Scottish Leaving Certificate Examination, 1956
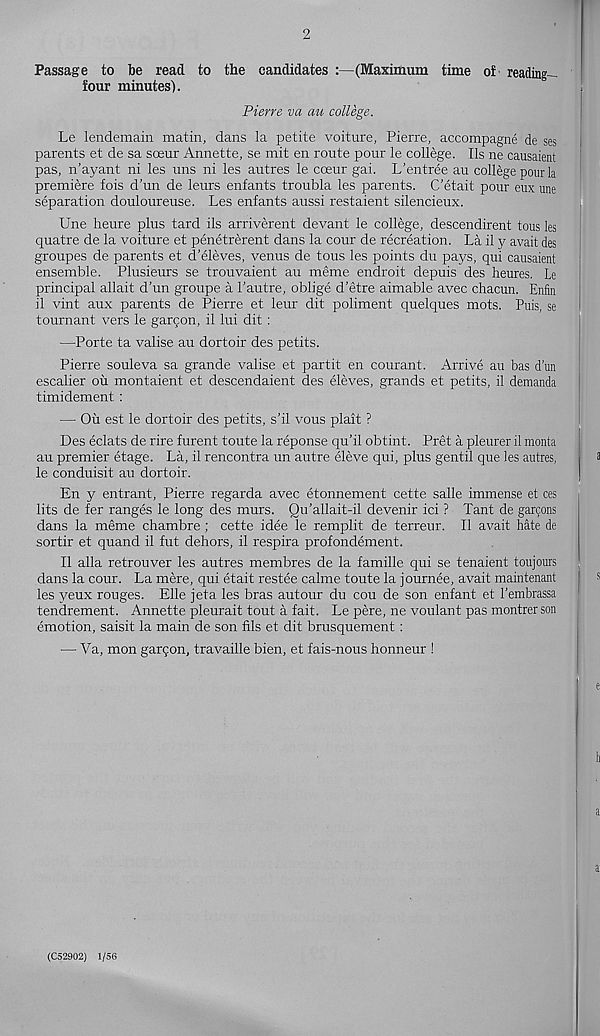
2
Passage to be read to the candidates :—(Maximum time of reading-
four minutes).
Pierre va au college.
Le lendemain matin, dans la petite voiture, Pierre, accompagne de ses
parents et de sa soeur Annette, se mit en route pour le college. Ils ne causaient
pas, n’ayant ni les uns ni les autres le coeur gai. L'entree au college pour la
premiere fois d’un de leurs enfants troubla les parents. C'etait pour eux une
separation douloureuse. Les enfants aussi restaient silencieux.
Une heure plus tard ils arriverent devant le college, descendirent tous les
quatre de la voiture et penetrerent dans la cour de recreation. La il y avail des
groupes de parents et d’eleves, venus de tous les points du pays, qui causaient
ensemble. Plusieurs se trouvaient au meme endroit depuis des heures. Le
principal allait d'un groupe a Lautre, oblige d'etre aimable avec chacun. Enfin
il vint aux parents de Pierre et leur dit poliment quelques mots. Puis, se
tournant vers le gargon, il lui dit :
—Porte ta valise au dortoir des petits.
Pierre souleva sa grande valise et partit en courant. Arrive au bas d’un
escalier ou montaient et descendaient des eleves, grands et petits, il demanda
timidement :
— Ou est le dortoir des petits, s'il vous plait ?
Des eclats de rire furent toute la reponse qu’il obtint. Pret a pleurer il monta
au premier etage. La, il rencontra un autre eleve qui, plus gentil que les autres,
3
le conduisit au dortoir.
En y entrant, Pierre regarda avec etonnement cette salle immense et ces
lits de fer ranges le long des murs. Qu’allait-il devenir ici ? Tant de garcons
dans la meme chambre ; cette idee le remplit de terreur. Il avait hate de
sortir et quand il fut dehors, il respira profondement.
Il alia retrouver les autres membres de la famille qui se tenaient toujours
dans la cour. La mere, qui etait restee calme toute la journee, avait maintenant
les yeux rouges. Elle jeta les bras autour du cou de son enfant et 1'embrassa
tendrement. Annette pleurait tout a fait. Le pere, ne voulant pas montrer son
emotion, saisit la main de son fils et dit brusquement:
— Va, mon gargon, travaille bien, et fais-nous honneur !
(C52902) 1/56